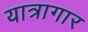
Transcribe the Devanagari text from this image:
यात्रागार